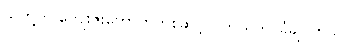
သူတို့က ကျေးဇူးတော်ကတစ်ဆင့်ပဲ ကယ်တင်ခံချင်တယ်။